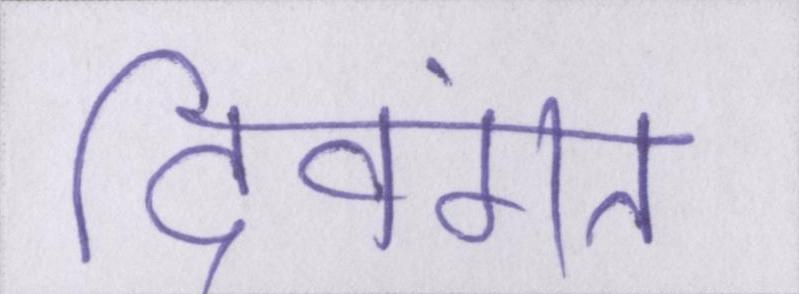
दिवंगत